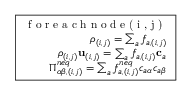
\boxed { \begin{array} { r c l } { \textrm { f o r e a c h n o d e ( i , j ) } } \\ { \rho _ { ( i , j ) } = \sum _ { a } f _ { a , ( i , j ) } } \\ { \rho _ { ( i , j ) } \mathbf { u } _ { ( i , j ) } = \sum _ { a } f _ { a , ( i , j ) } \mathbf { c } _ { a } } \\ { \Pi _ { \alpha \beta , ( i , j ) } ^ { n e q } = \sum _ { a } f _ { a , ( i , j ) } ^ { n e q } c _ { a \alpha } c _ { a \beta } } \end{array} }